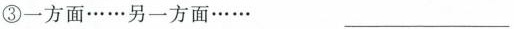
③一方面……另一方面…… ___